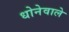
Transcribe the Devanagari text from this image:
धोनेवाले